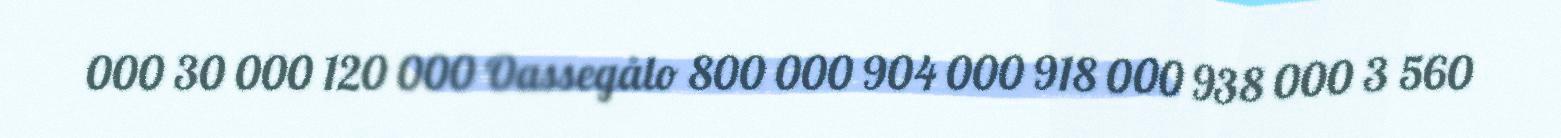
000 30 000 120 000 Oassegålo 800 000 904 000 918 000 938 000 3 560